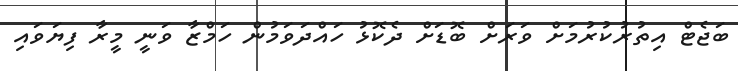
ބަޖެޓް އިތުރުކުރުމަށް ވަރަށް ބޮޑަށް ދެކޮޅު ހައްދަވަމުން ހަމްޒާ ވަނީ މީރާ ފިޔަވައި